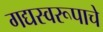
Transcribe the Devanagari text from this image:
गद्यस्वरूपाचे